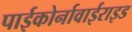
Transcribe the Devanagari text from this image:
पाईकोर्नावाईराइड